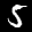
Label: 5